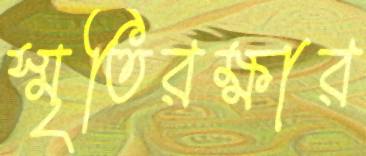
স্মৃতিরক্ষার